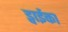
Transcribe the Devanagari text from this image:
ड्वाईका